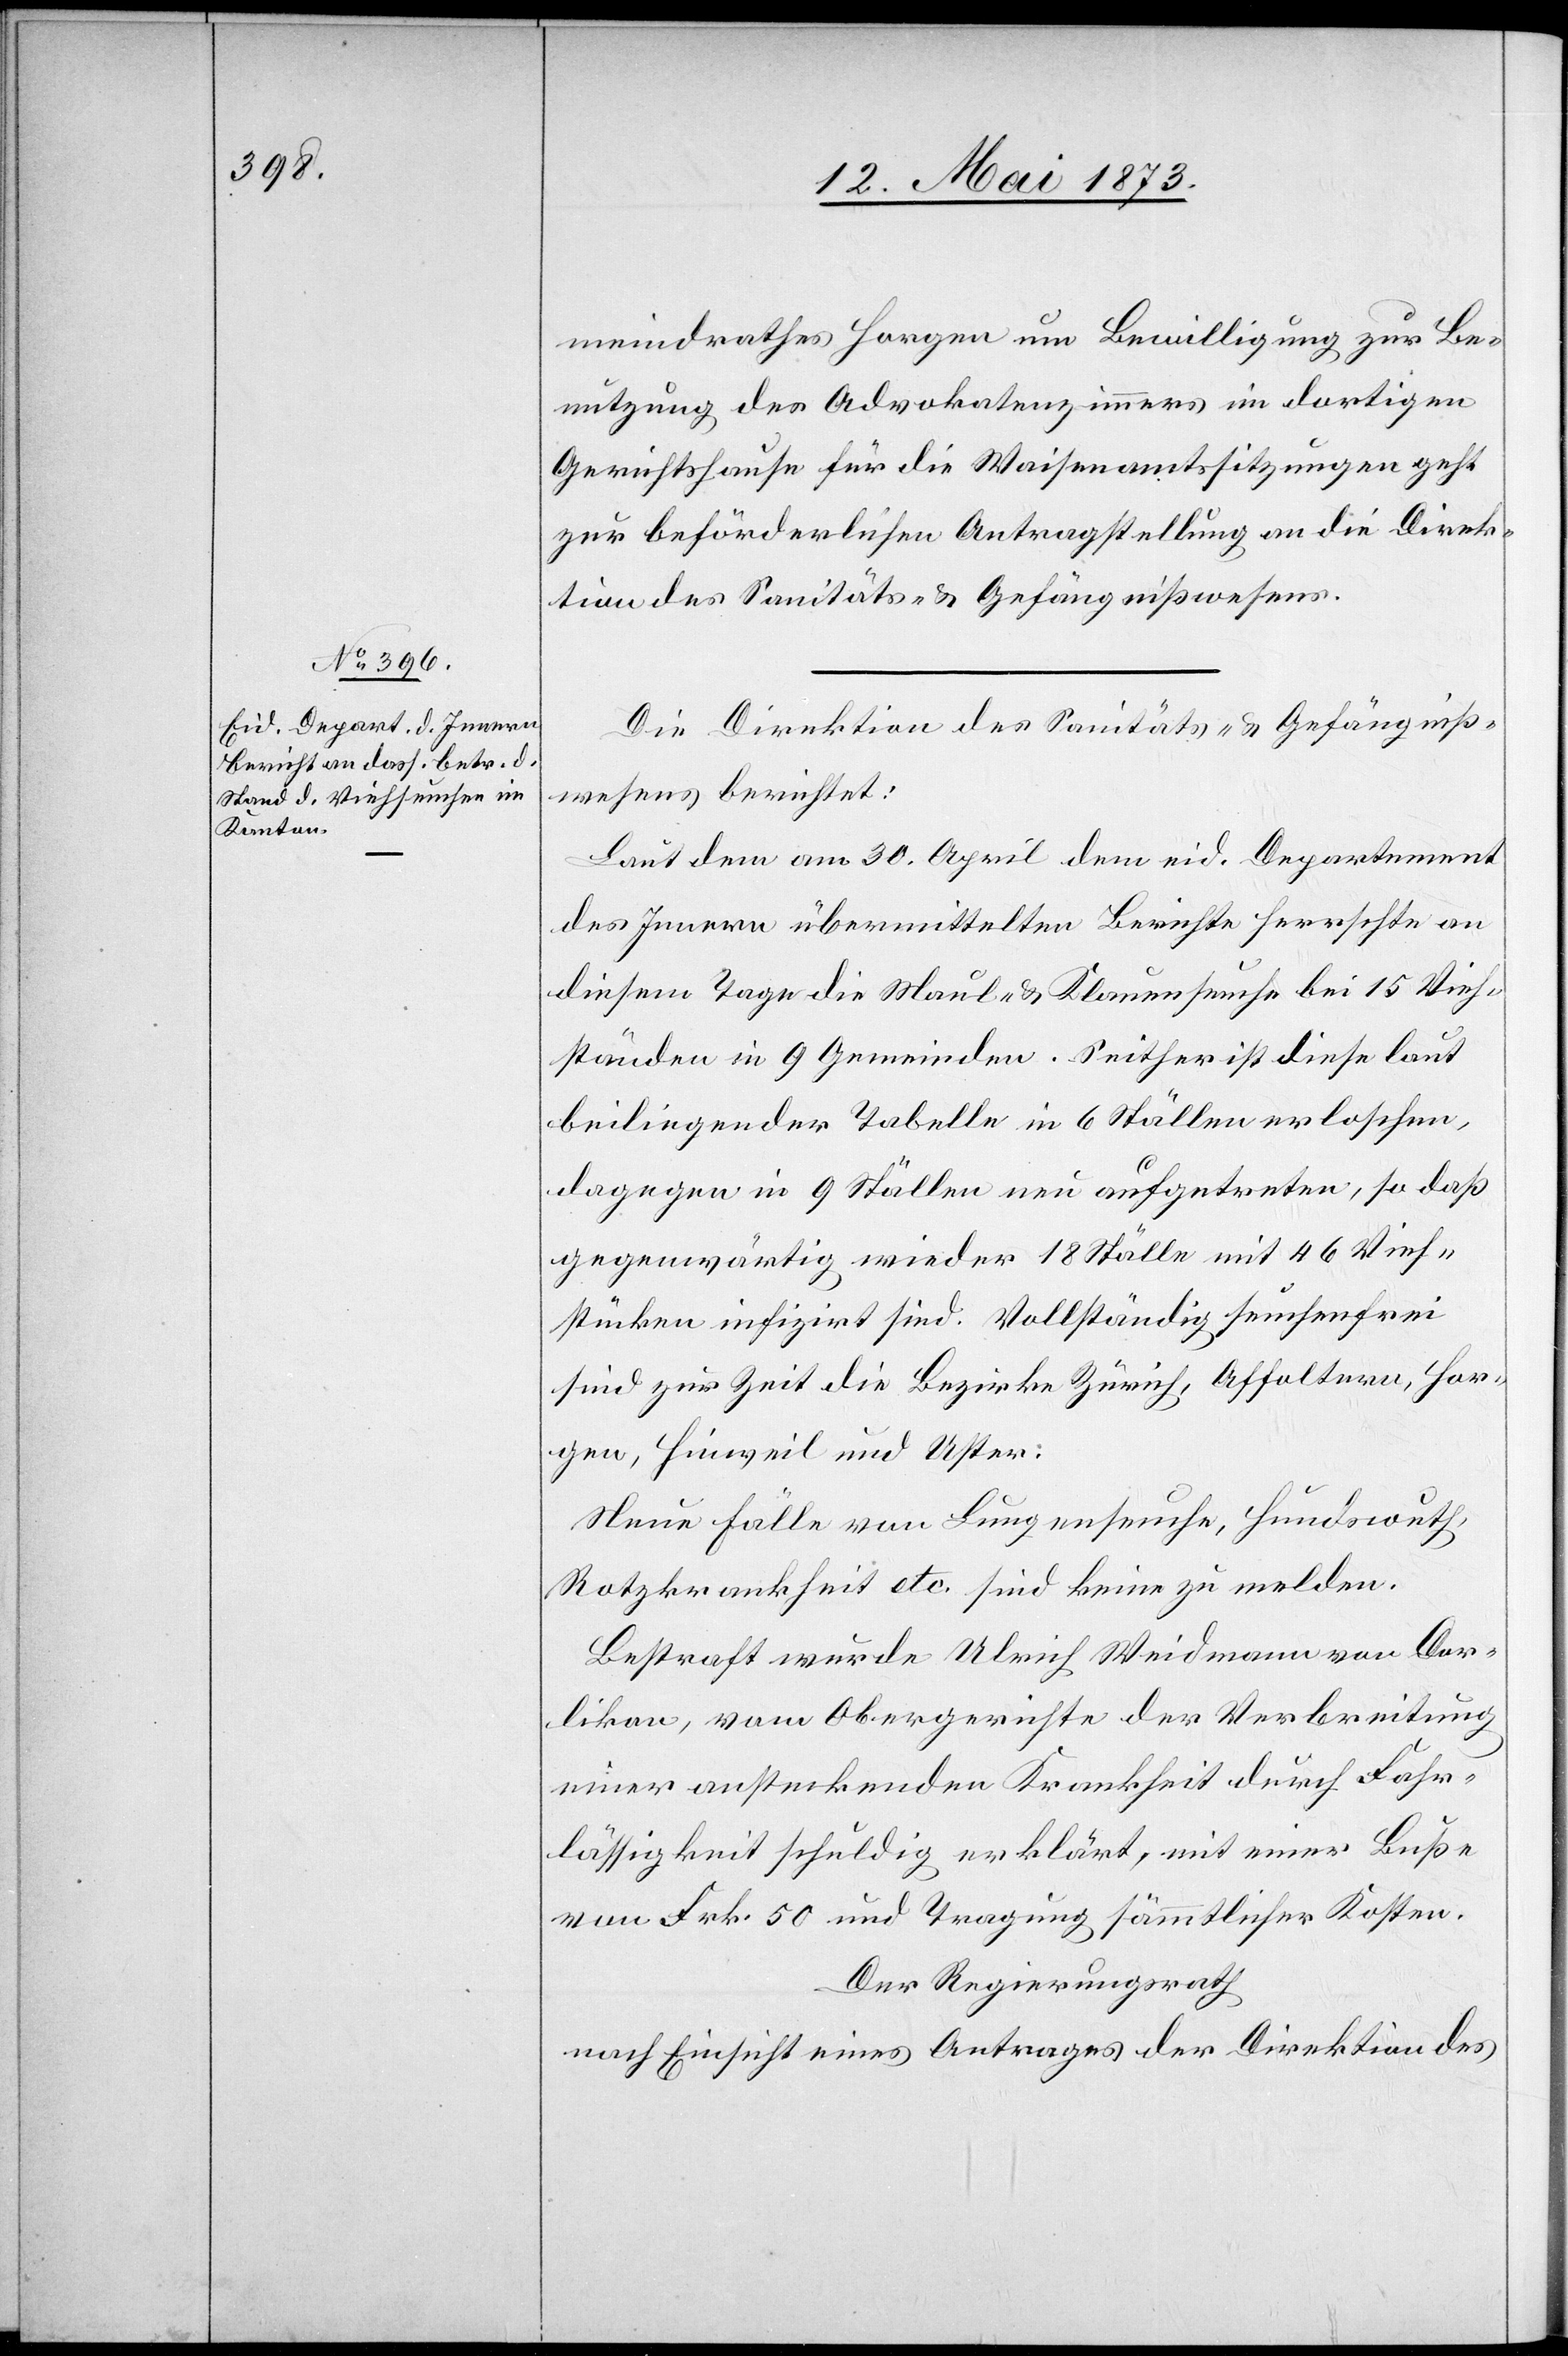
15. Mai 1873.]
meindrathes Horgen um Bewilligung zur Be¬
nutzung des Advokatenzimmers im dortigen
Gerichtshause für die Waisenamtssitzungen geht
zur beförderlichen Antragstellung an die Direk¬
tion des Sanitäts- & Gefängnißwesens.
Die Direktion des Sanitäts- & Gefängniß¬
wesens berichtet:
Laut dem am 30. April dem eid. Departement
des Innern übermittelten Berichte herrschte an
diesem Tage die Maul- & Klauenseuche bei 15 Vieh¬
ständen in 9 Gemeinden. Seither ist diese laut
beiliegender Tabelle in 6 Ställen erloschen,
dagegen in 9 Ställen neu aufgetreten, so daß
gegenwärtig wieder 18 Ställe mit 46 Vieh¬
stücken infizirt sind. Vollständig seuchenfrei
sind zur Zeit die Bezirke Zürich, Affoltern, Hor¬
gen, Hinweil und Uster:
Neue Fälle von Lungenseuche, Hundswuth,
Rotzkrankheit etc. sind keine zu melden.
Bestraft wurde Ulrich Weidmann von Dor¬
likon, vom Obergerichte der Verbreitung
einer ansteckenden Krankheit durch Fahr¬
lässigkeit schuldig erklärt, mit einer Buße
von Frk. 50 und Tragung sämmtlicher Kosten.
Der Regierungsrath
nach Einsicht eines Antrages der Direktion des